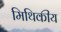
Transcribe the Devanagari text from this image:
मिथिकीय